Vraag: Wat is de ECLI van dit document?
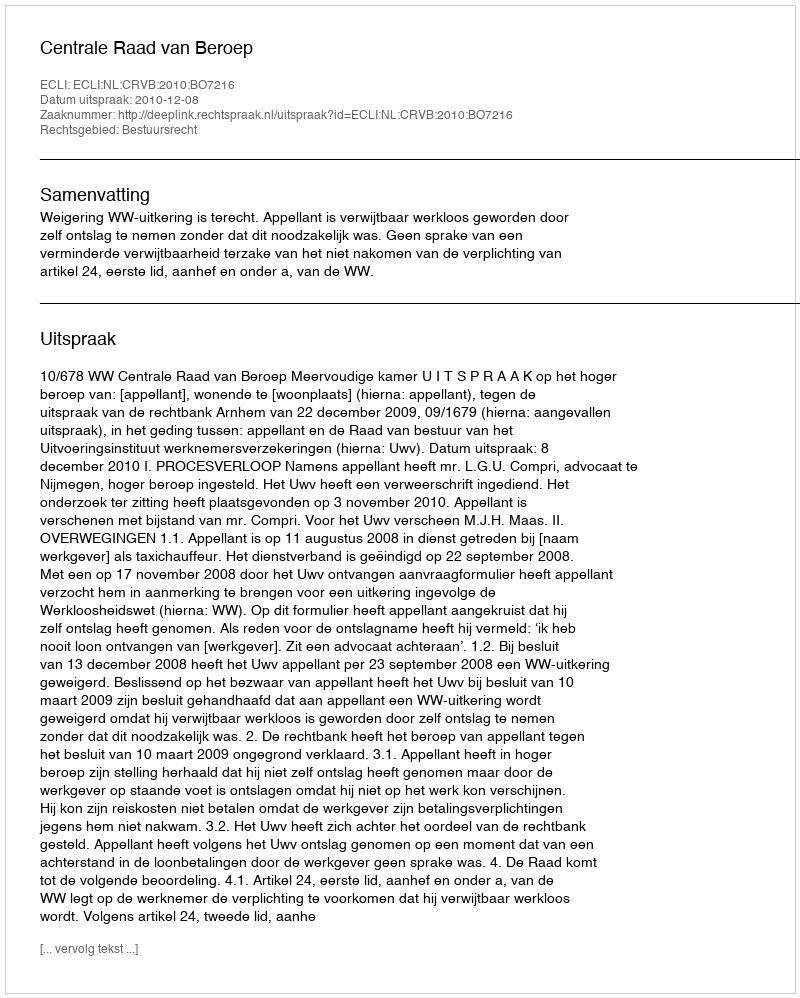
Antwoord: ECLI:NL:CRVB:2010:BO7216